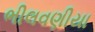
ભીલવણીયા